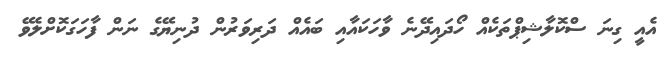
އެއީ ގިނަ ސްކޮލާޝިޕްތަކެއް ހޯދައިދޭނެ ވާހަކައާއި ބައެއް ދަރިވަރުން ދުނިޔޭގެ ނަން ފާހަގަކޮށްލެވޭ